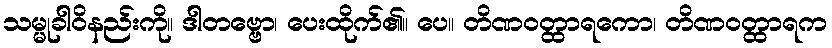
သမ္မုခါဝိနည်းကို။ ဒါတဗ္ဗော၊ ပေးထိုက်၏။ ပေ။ တိဏဝတ္ထာရကော၊ တိဏဝတ္ထာရက